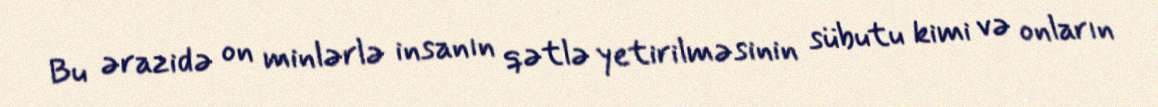
Bu ərazidə on minlərlə insanın qətlə yetirilməsinin sübutu kimi və onların